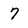
Character: 7